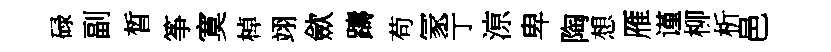
碌副晳筝寞棹翊歛躊苟冡亍鿌卑陶想雁谨柳析邑